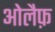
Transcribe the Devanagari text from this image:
ओलैफ़